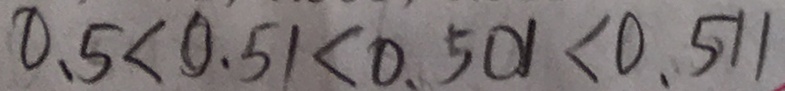
0 . 5 < 0 . 5 1 < 0 . 5 0 1 < 0 . 5 1 1